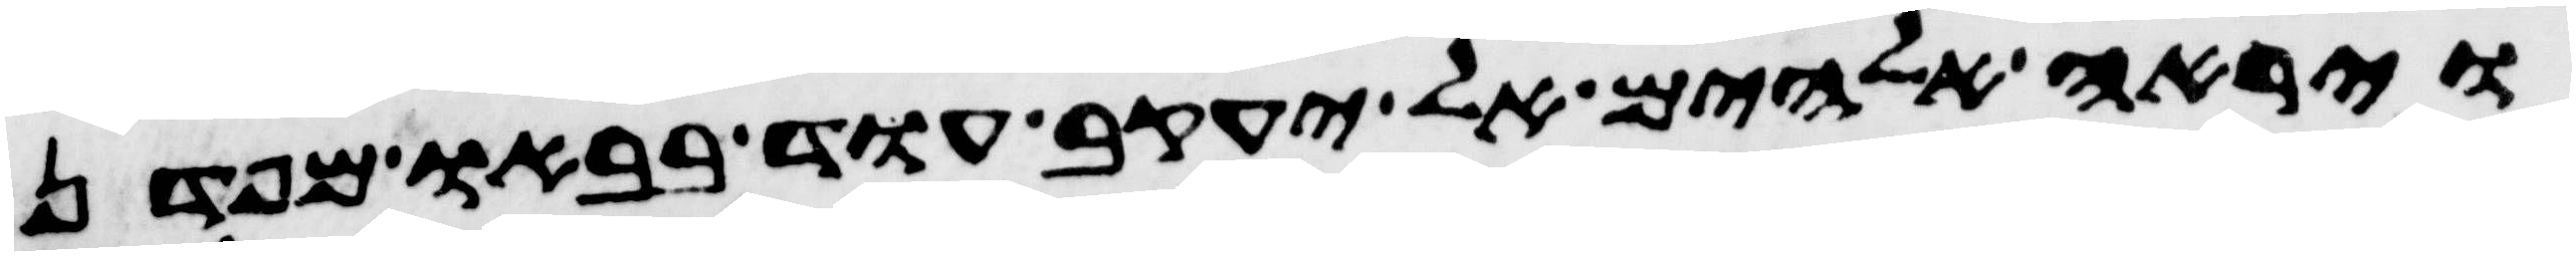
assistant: וירא אלהים אל יעקב עוד בבאו מפדן